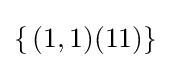
\{\,(1,1)(11)\}